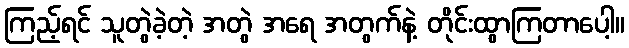
ကြည့်ရင် သူတွဲခဲ့တဲ့ အတွဲ အရေ အတွက်နဲ့ တိုင်းထွာကြတာပေါ့။